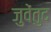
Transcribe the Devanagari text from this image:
जुवेंतुद